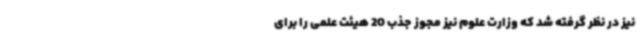
نیز در نظر گرفته شد که وزارت علوم نیز مجوز جذب 20 هیئت علمی را برای